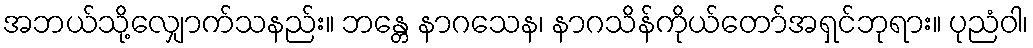
အဘယ်သို့လျှောက်သနည်း။ ဘန္တေ နာဂသေန၊ နာဂသိန်ကိုယ်တော်အရှင်ဘုရား။ ပုညံဝါ၊